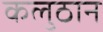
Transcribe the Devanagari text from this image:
कलुठान